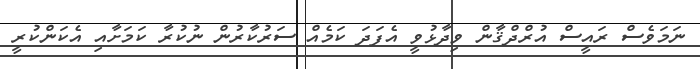
ނަމަވެސް ރައީސް އުރްދްޤާން ވިދާޅުވީ އެފަދަ ކަމެއް ސަރުކާރުން ނުކުރާ ކަމަށާއި އެކަންކުރީ